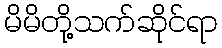
မိမိတို့သက်ဆိုင်ရာ